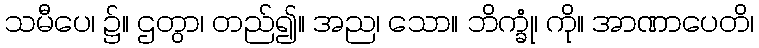
သမီပေ၊ ၌။ ဌတွာ၊ တည်၍။ အည၊ သော။ ဘိက္ခုံ၊ ကို။ အာဏာပေတိ၊